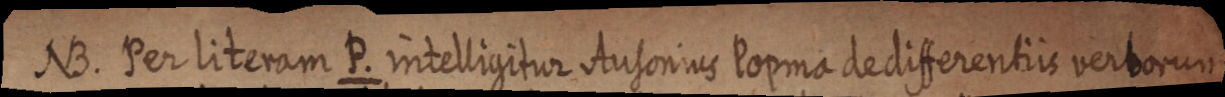
NB. Per literam P. intelligitur Ausonius Popma de differentiis verborum